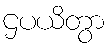
ဌပယိတွာ